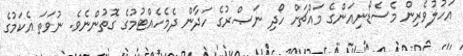
އަހުލުވެރިން މެސެޑޯނިއަންގެ މައްޗަށް ހޯދި ނަޞްރުގެ ހަދާން ދެމެހެއްޓުމުގެ ގޮތުންނެވެ. ނުވަތަ އެކަމުގެ